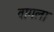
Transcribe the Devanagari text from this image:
वागला